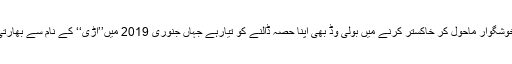
جہاں ایک جانب کرتار پور کوریڈور کی مہک ہر جگہ پھیلی ہوئی ہے وہاں اس خوشگوار ماحول کر خاکستر کرنے میں بولی وڈ بھی اپنا حصہ ڈالنے کو تیارہے جہاں جنوری 2019 میں’’اڑی‘‘ کے نام سے بھارتی فوج کے پاکستان پر سرجیکل سڑائیک کے تناظر میں فلم رہلیز کیلئے تیار ہے ۔